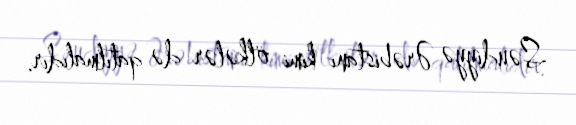
Səudiyyə Ərəbistanı kimi ölkələr də qatılmalıdır.